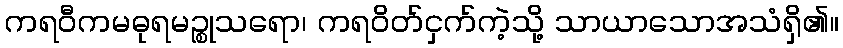
ကရဝီကမဓုရမဉ္စုသရော၊ ကရဝိတ်ငှက်ကဲ့သို့ သာယာသောအသံရှိ၏။